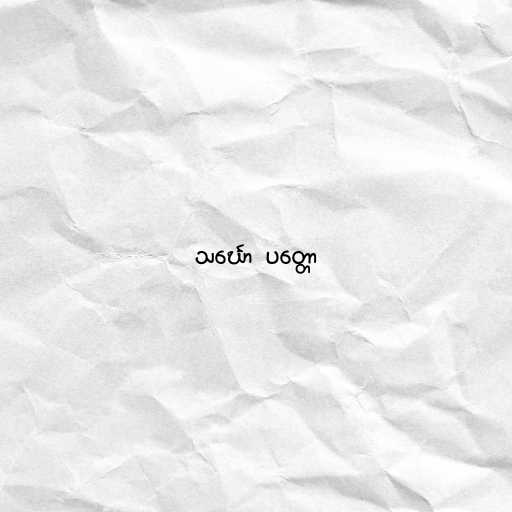
သင်္ဃော  ပတ္တော